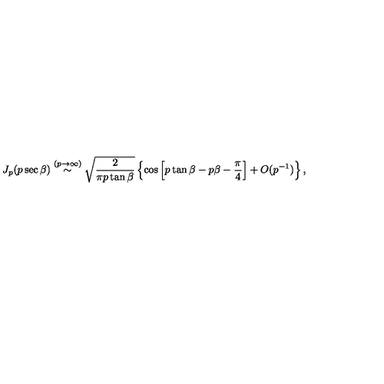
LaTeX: J _ { p } ( p \sec \beta ) \stackrel { ( p \rightarrow \infty ) } { \sim } \sqrt { \frac { 2 } { \pi p \tan \beta } } \left\{ \cos \left[ p \tan \beta - p \beta - \frac { \pi } { 4 } \right] + O ( p ^ { - 1 } ) \right\} ,